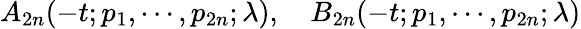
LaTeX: A_{2n}(-t;p_{1},\cdots,p_{2n};\lambda),\quad B_{2n}(-t;p_{1},\cdots,p_{2n};\lambda)